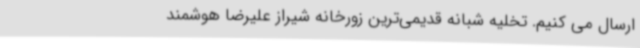
ارسال می کنیم. تخلیه شبانه قدیمی‌ترین زورخانه شیراز علیرضا هوشمند